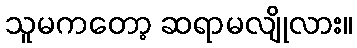
သူမကတော့ ဆရာမလျိုလား။